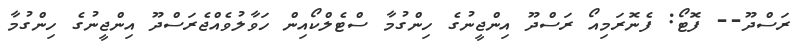
ރަސްދޫ-- ފޮޓޯ: ފެނޮރަމިއޯ ރަސްދޫ އިންޖީނުގެ ހިންގުމާ ސްޓެލްކޯއިން ހަވާލުވެއްޖެރަސްދޫ އިންޖީނުގެ ހިންގުމާ